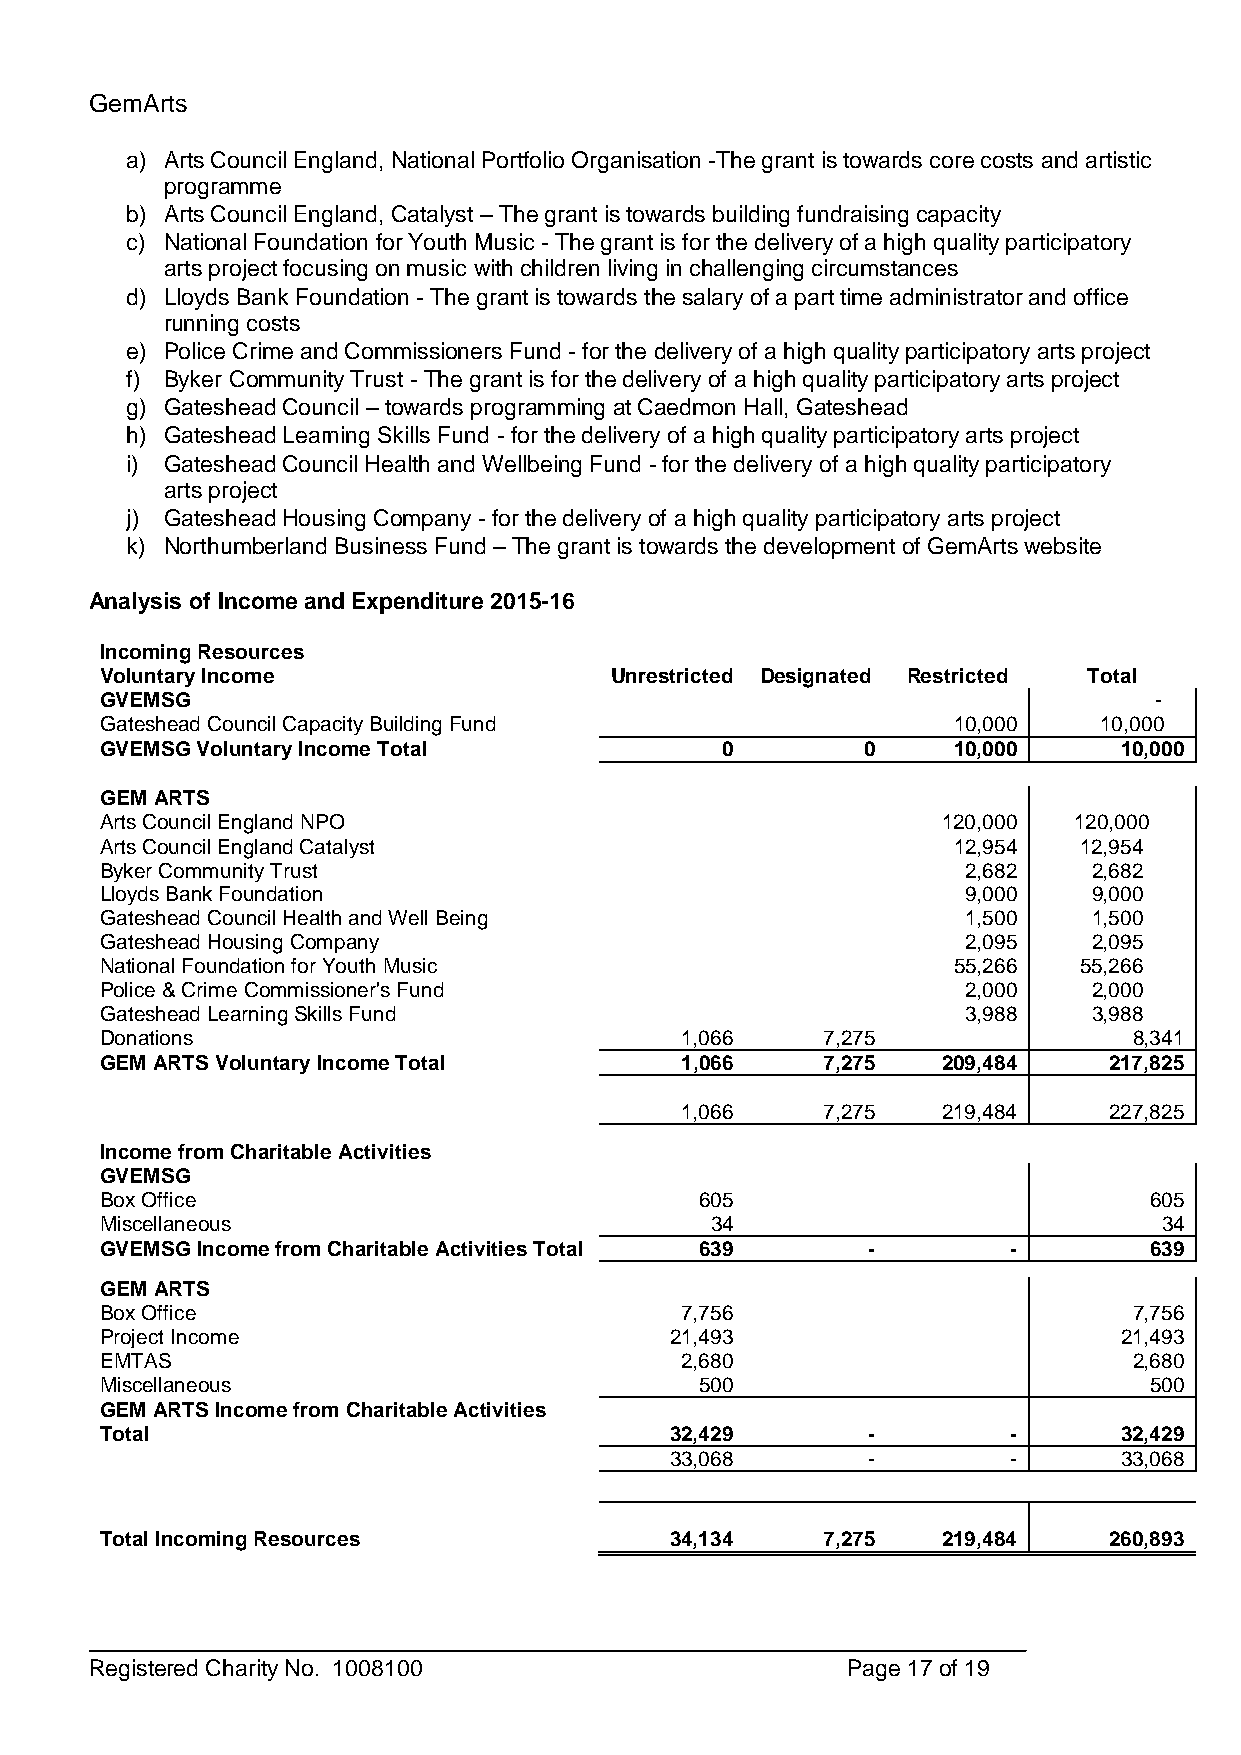
GemArts
 a) Arts Council England, National Portfolio Organisation -The grant is towards core costs and artistic
 programme
 b) Arts Council England, Catalyst – The grant is towards building fundraising capacity
 c) National Foundation for Youth Music - The grant is for the delivery of a high quality participatory
 arts project focusing on music with children living in challenging circumstances
 d) Lloyds Bank Foundation - The grant is towards the salary of a part time administrator and office
 running costs
 e) Police Crime and Commissioners Fund - for the delivery of a high quality participatory arts project
 f) Byker Community Trust - The grant is for the delivery of a high quality participatory arts project
 g) Gateshead Council – towards programming at Caedmon Hall, Gateshead
 h) Gateshead Learning Skills Fund - for the delivery of a high quality participatory arts project
 i) Gateshead Council Health and Wellbeing Fund - for the delivery of a high quality participatory
 arts project
 j) Gateshead Housing Company - for the delivery of a high quality participatory arts project
 k) Northumberland Business Fund – The grant is towards the development of GemArts website
 Analysis of Income and Expenditure 2015-16
 Incoming Resources
 Voluntary Income                 Unrestricted Designated Restricted Total
 GVEMSG                                                               -
 Gateshead Council Capacity Building Fund                10,000    10,000
 GVEMSG Voluntary Income Total            0        0     10,000     10,000
 GEM ARTS
 Arts Council England NPO                               120,000  120,000
 Arts Council England Catalyst                           12,954  12,954
 Byker Community Trust                                    2,682   2,682
 Lloyds Bank Foundation                                   9,000   9,000
 Gateshead Council Health and Well Being                  1,500   1,500
 Gateshead Housing Company                                2,095   2,095
 National Foundation for Youth Music                     55,266  55,266
 Police & Crime Commissioner's Fund                       2,000   2,000
 Gateshead Learning Skills Fund                           3,988   3,988
 Donations                             1,066    7,275                8,341
 GEM ARTS Voluntary Income Total       1,066    7,275   209,484    217,825
 1,066    7,275   219,484    227,825
 Income from Charitable Activities
 GVEMSG
 Box Office                             605                           605
 Miscellaneous                           34                            34
 GVEMSG Income from Charitable Activities Total 639 -        -        639
 GEM ARTS
 Box Office                            7,756                         7,756
 Project Income                       21,493                        21,493
 EMTAS                                 2,680                         2,680
 Miscellaneous                          500                           500
 GEM ARTS Income from Charitable Activities
 Total                                32,429       -         -      32,429
 33,068       -         -      33,068
 Total Incoming Resources             34,134    7,275   219,484    260,893
 Registered Charity No. 1008100                    Page 17 of 19